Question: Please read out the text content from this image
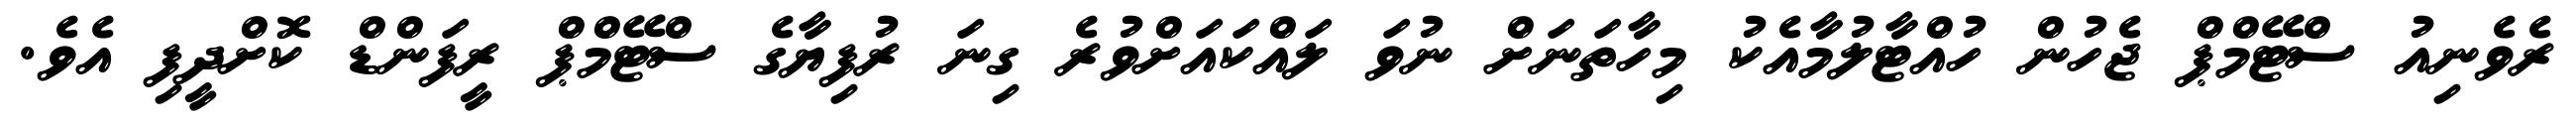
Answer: ރެވެނިއު ސްޓޭމްޕް ޖެހުން ހުއްޓާލުމާއެކު މިހާތަނަށް ނުވަ ލައްކައަށްވުރެ ގިނަ ރުފިޔާގެ ސްޓޭމްޕް ރީފަންޑް ކޮށްދީފި އެވެ.